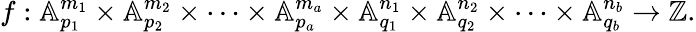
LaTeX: f:\mathbb{A}_{p_{1}}^{m_{1}}\times\mathbb{A}_{p_{2}}^{m_{2}}\times\dots\times\mathbb{A}_{p_{a}}^{m_{a}}\times\mathbb{A}_{q_{1}}^{n_{1}}\times\mathbb{A}_{q_{2}}^{n_{2}}\times\dots\times\mathbb{A}_{q_{b}}^{n_{b}}\rightarrow\mathbb{Z}.